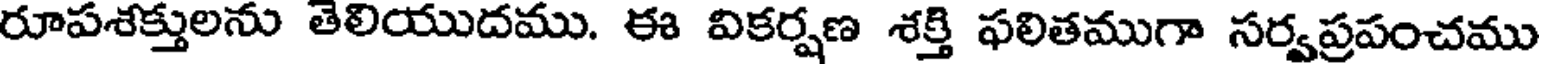
రూపశక్తులను తెలియుదము. ఈ వికర్షణ శక్తి ఫలితముగా సర్వప్రపంచము